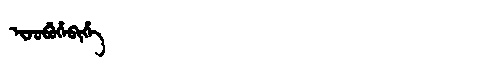
Manchu: ᡳᠵᡠᠪᡠᡥᡝᠪᡳᡥᡝ
Romanization: IJUBUHEBIHE